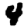
Digit: 4